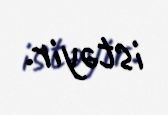
istəyir.